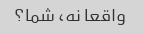
واقعا نه، شما؟